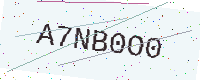
Text: A7NB0O0